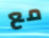
مع